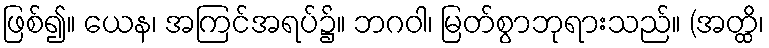
ဖြစ်၍။ ယေန၊ အကြင်အရပ်၌။ ဘဂဝါ၊ မြတ်စွာဘုရားသည်။ (အတ္ထိ၊